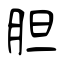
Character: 胆